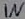
Text: IN